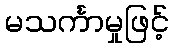
မသင်္ကာမှုဖြင့်